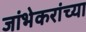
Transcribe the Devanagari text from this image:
जांभेकरांच्या